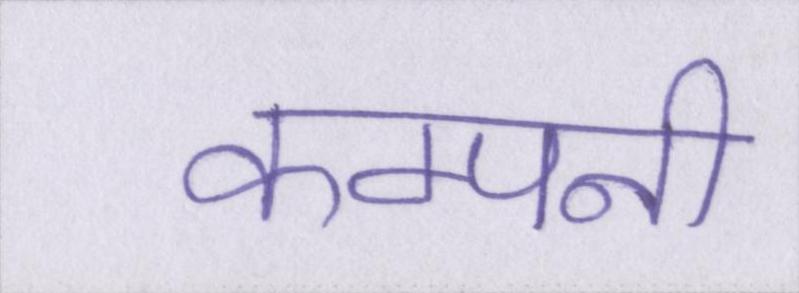
कम्पनी